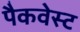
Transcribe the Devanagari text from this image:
पैकवेस्ट